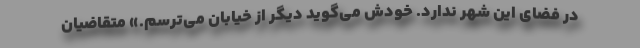
در فضای این شهر ندارد. خودش می‌گوید دیگر از خیابان می‌ترسم.» متقاضیان